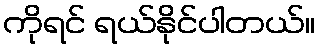
ကိုရင် ရယ်နိုင်ပါတယ်။